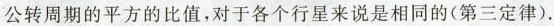
公转周期的平方的比值，对于各个行星来说是相同的(第三定律).